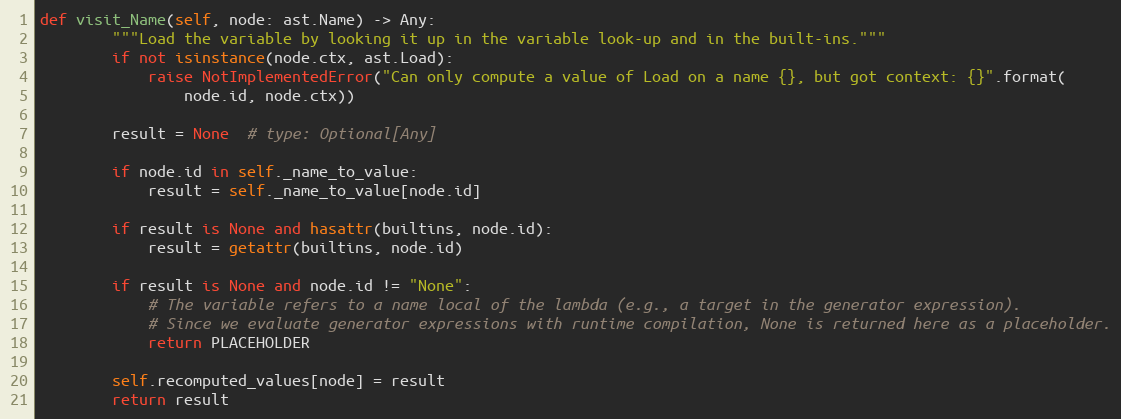
Language: Python
def visit_Name(self, node: ast.Name) -> Any:
        """Load the variable by looking it up in the variable look-up and in the built-ins."""
        if not isinstance(node.ctx, ast.Load):
            raise NotImplementedError("Can only compute a value of Load on a name {}, but got context: {}".format(
                node.id, node.ctx))

        result = None  # type: Optional[Any]

        if node.id in self._name_to_value:
            result = self._name_to_value[node.id]

        if result is None and hasattr(builtins, node.id):
            result = getattr(builtins, node.id)

        if result is None and node.id != "None":
            # The variable refers to a name local of the lambda (e.g., a target in the generator expression).
            # Since we evaluate generator expressions with runtime compilation, None is returned here as a placeholder.
            return PLACEHOLDER

        self.recomputed_values[node] = result
        return result